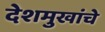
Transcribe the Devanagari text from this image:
देशमुखांचे